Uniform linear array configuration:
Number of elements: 48
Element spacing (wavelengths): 1
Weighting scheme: uniform
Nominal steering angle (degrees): -45
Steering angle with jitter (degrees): -43.996
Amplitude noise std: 0.05
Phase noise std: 0.05

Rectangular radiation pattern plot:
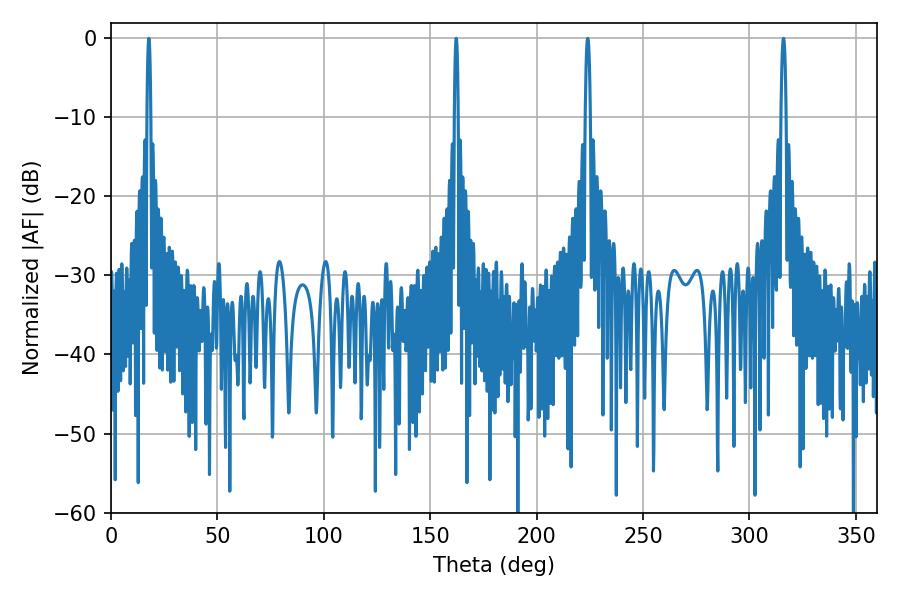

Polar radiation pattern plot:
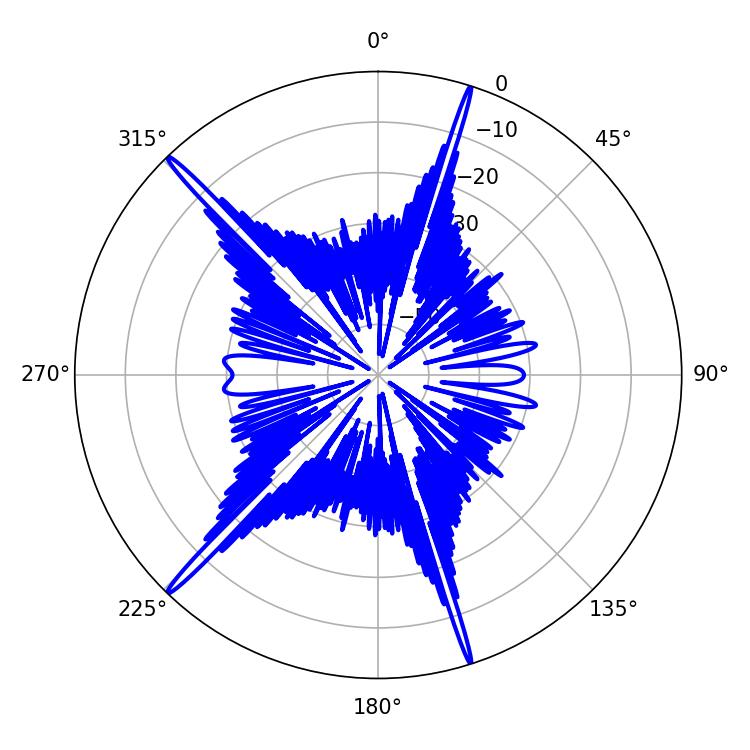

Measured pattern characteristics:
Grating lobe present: TRUE
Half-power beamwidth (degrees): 0.9
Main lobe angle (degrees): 162.18